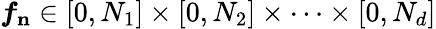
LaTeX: {\boldsymbol{f}}_{\mathbf{n}}\in[0,N_{1}]\times[0,N_{2}]\times\cdots\times[0,N_{d}]